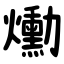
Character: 爋